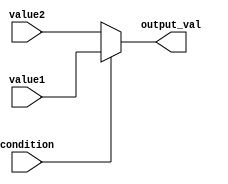
module ConditionalOperatorAssignment (
    input wire condition,       // Condition input (boolean)
    input wire [7:0] value1,   // First input value (8-bit)
    input wire [7:0] value2,   // Second input value (8-bit)
    output reg [7:0] output_val // Output value (8-bit)
);

// Always block triggered on the rising edge of the clock
always @(*) begin
    // Use the ternary operator to assign output based on condition
    output_val = (condition) ? value1 : value2;
end

endmodule